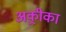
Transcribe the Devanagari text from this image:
अक़्रीका